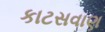
કાટસવાણ